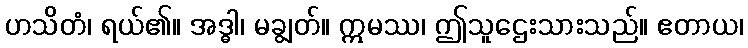
ဟသိတံ၊ ရယ်၏။ အဒ္ဓါ၊ မချွတ်။ ဣမဿ၊ ဤသူဌေးသားသည်။ ဧတာယ၊